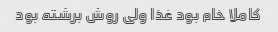
کاملا خام بود غذا ولی روش برشته بود